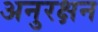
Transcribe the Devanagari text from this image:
अनुरक्षन